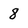
Character: 8